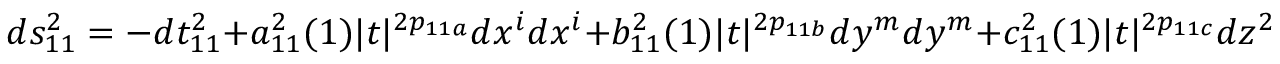
d s _ { 1 1 } ^ { 2 } = - d t _ { 1 1 } ^ { 2 } + a _ { 1 1 } ^ { 2 } ( 1 ) | t | ^ { 2 p _ { 1 1 a } } d x ^ { i } d x ^ { i } + b _ { 1 1 } ^ { 2 } ( 1 ) | t | ^ { 2 p _ { 1 1 b } } d y ^ { m } d y ^ { m } + c _ { 1 1 } ^ { 2 } ( 1 ) | t | ^ { 2 p _ { 1 1 c } } d z ^ { 2 } \quad ,